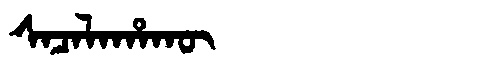
Manchu: ᠰᠠᠴᠠᠯᠠᡥᠠᡴᡡ
Romanization: SACALAHAKŪ